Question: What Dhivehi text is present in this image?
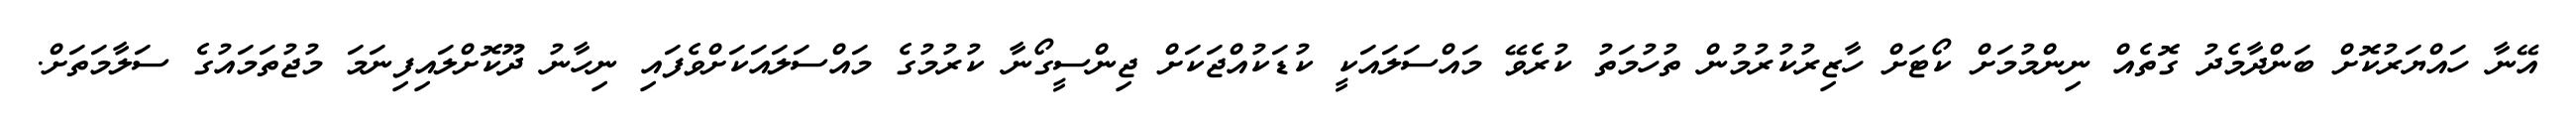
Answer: އޭނާ ހައްޔަރުކޮށް ބަންދާމެދު ގޮތެއް ނިންމުމަށް ކޯޓަށް ހާޒިރުކުރުމުން ތުހުމަތު ކުރެވޭ މައްސަލައަކީ ކުޑަކުއްޖަކަށް ޖިންސީގޯނާ ކުރުމުގެ މައްސަލައަކަށްވެފައި ނިހާނު ދޫކޮށްލައިފިނަމަ މުޖުތަމައުގެ ސަލާމަތަށް.